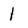
Character: 1